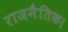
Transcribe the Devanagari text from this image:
राजनैतिक।